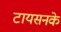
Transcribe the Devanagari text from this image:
टायसनके